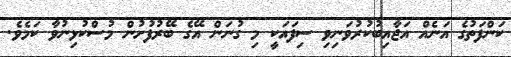
ކަންފަތުގެ އަނެއް އަޖާއިބުކުރުވަނިވި ސިފައަކީ މި ގުނަން އޭގެ ބޭރުފުށުން މުސްކުޅިނުވާ ކަމެވެ.